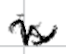
Text: is
Cross-out: mix
Writing tool: digital_black